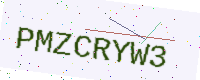
Text: PMZCRYW3